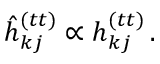
\hat { h } _ { k j } ^ { ( t t ) } \propto h _ { k j } ^ { ( t t ) } \, .